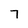
Character: 7